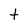
Character: t